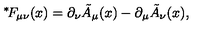
{ } ^ { * } \! F _ { \mu \nu } ( x ) = \partial _ { \nu } \tilde { A } _ { \mu } ( x ) - \partial _ { \mu } \tilde { A } _ { \nu } ( x ) ,